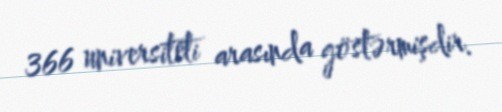
366 universiteti arasında göstərmişdir.